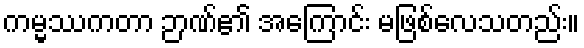
ကမ္မဿကတာ ဉာဏ်၏ အကြောင်း မဖြစ်လေသတည်း။